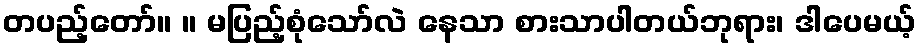
တပည့်တော်။ ။ မပြည့်စုံသော်လဲ နေသာ စားသာပါတယ်ဘုရား၊ ဒါပေမယ့်